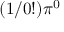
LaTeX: ( 1 / 0 ! ) \pi ^ { 0 }